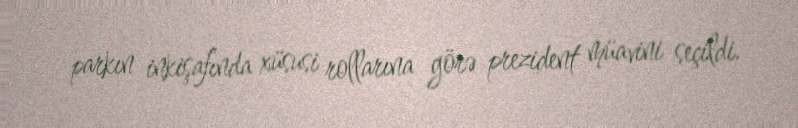
parkın inkişafında xüsusi rollarına görə prezident müavini seçildi.